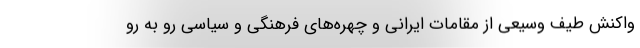
واکنش طیف وسیعی از مقامات ایرانی و چهره­های فرهنگی و سیاسی رو به رو